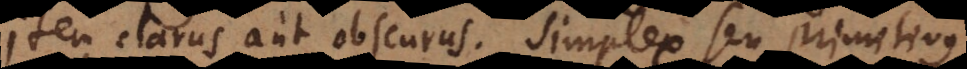
Item clarus aut obscurus. Simplex seu primitivus